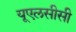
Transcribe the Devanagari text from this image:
यूएलसीसी